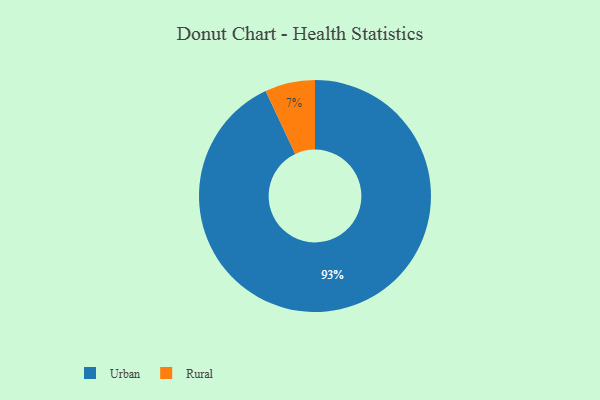
{"axis": {"x": "Category", "y": "Percentage"}, "legend": ["Rural", "Urban"], "data": [{"x": "Urban", "y": 93, "type": "Urban"}, {"x": "Rural", "y": 7, "type": "Rural"}]}